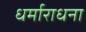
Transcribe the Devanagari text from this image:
धर्माराधना